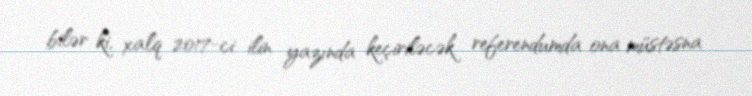
bilər ki, xalq 2017-ci ilin yazında keçiriləcək referendumda ona müstəsna